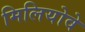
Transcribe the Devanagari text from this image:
मिलियोवे